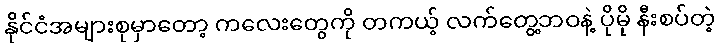
နိုင်ငံအများစုမှာတော့ ကလေးတွေကို တကယ့် လက်တွေ့ဘဝနဲ့ ပိုမို နီးစပ်တဲ့